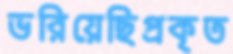
ভরিয়েছিপ্রকৃত